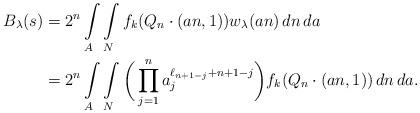
LaTeX: \begin{align*} B_\lambda(s)&=2^n\int\limits_A\int\limits_Nf_k(Q_n\cdot(an,1))w_\lambda(an)\,dn\,da\\ &=2^n\int\limits_A\int\limits_N\bigg(\prod_{j=1}^na_j^{\ell_{n+1-j}+n+1-j}\bigg)f_k(Q_n\cdot(an,1))\,dn\,da.\end{align*}